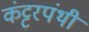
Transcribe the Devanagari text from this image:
कंट्टरपंथी